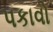
પકાવો